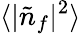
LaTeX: \langle|\tilde{n}_{f}|^{2}\rangle